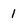
Character: 1